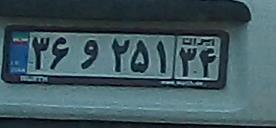
۳۶و۲۵۱۳۴